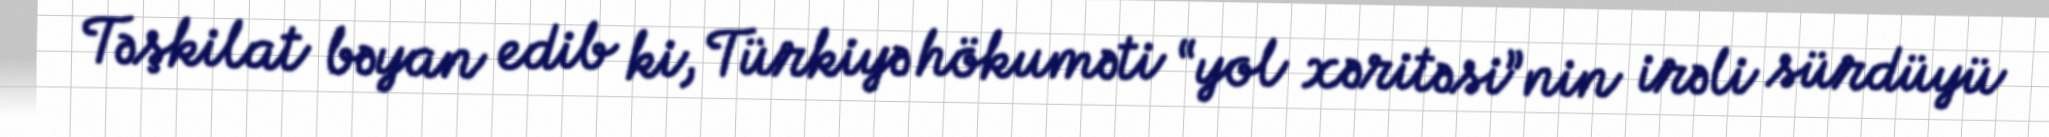
Təşkilat bəyan edib ki, Türkiyə hökuməti “yol xəritəsi”nin irəli sürdüyü